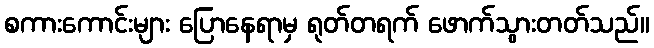
စကားကောင်းများ ပြောနေရာမှ ရုတ်တရက် ဖောက်သွားတတ်သည်။